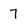
Character: 7